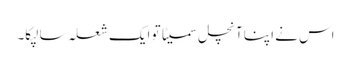
اس نے اپنا آنچل سمیٹا تو ایک شعلہ سا لپکا۔